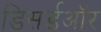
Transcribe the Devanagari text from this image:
डिसर्डऑर